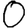
Digit: 0